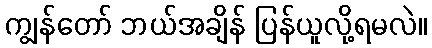
ကျွန်တော် ဘယ်အချိန် ပြန်ယူလို့ရမလဲ။